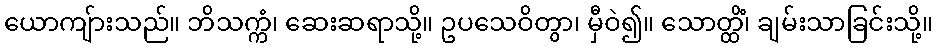
ယောကျ်ားသည်။ ဘိသက္ကံ၊ ဆေးဆရာသို့။ ဥပသေဝိတွာ၊ မှီဝဲ၍။ သောတ္ထိံ၊ ချမ်းသာခြင်းသို့။